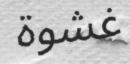
غشوة